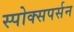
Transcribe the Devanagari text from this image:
स्पोक्सपर्सन